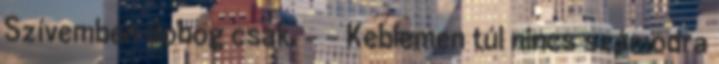
Szívemben dobog csak. - - Keblemen túl nincs számodra